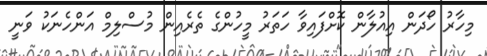
މިހާރު ހޯދަން އިއުލާން ކޮށްފައިވާ ހަތަރު މީހުންގެ ތެރެއިން މުސްލިމް އަންހެނަކު ވަނީ